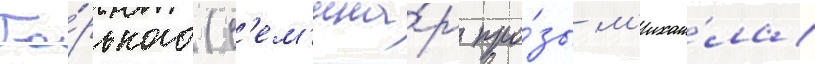
Го́рького (с'ем'ина́р про́зы м'ихаи́ла